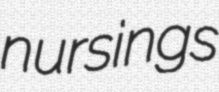
nursings